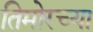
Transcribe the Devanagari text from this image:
तिमोरच्या